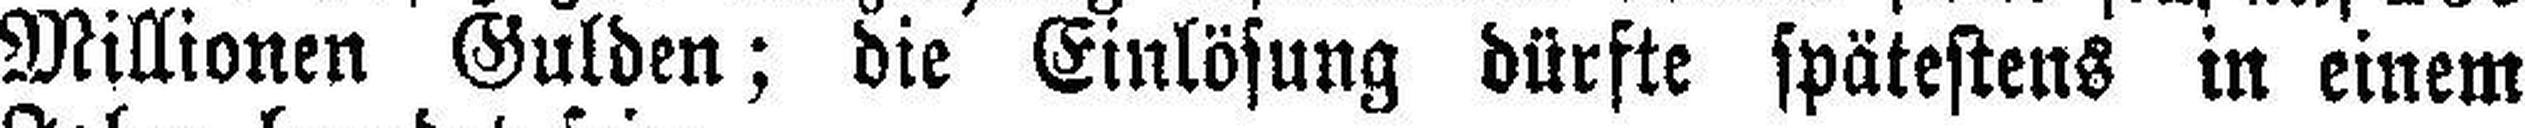
Millionen Gulden; die Einlösung dürfte spätestens in einem